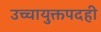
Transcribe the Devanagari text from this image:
उच्चायुक्तपदही